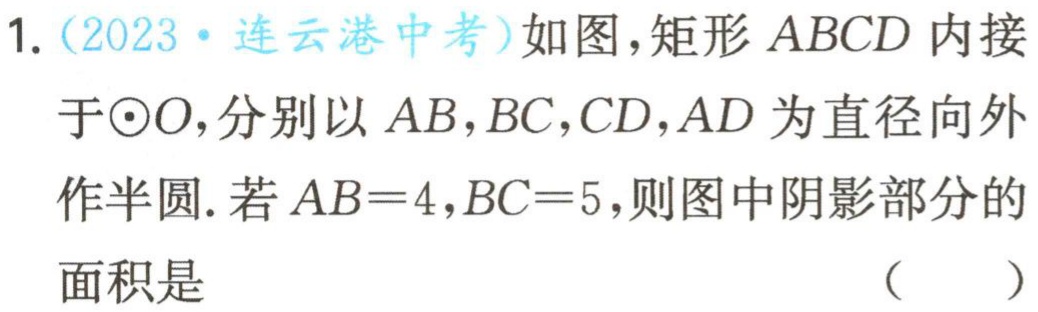
1.（2023·连云港中考）如图，矩形 \(ABCD\) 内接

于\(\odot O\)，分别以 \(AB,BC,CD,AD\) 为直径向外

作半圆. 若 \(AB = 4,BC = 5\)，则图中阴影部分的

面积是

（  ）